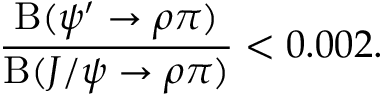
\frac { \mathrm { B } ( \psi ^ { \prime } \to \rho \pi ) } { \mathrm { B } ( J / \psi \to \rho \pi ) } < 0 . 0 0 2 .